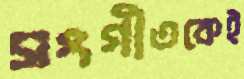
সংগীতকেই